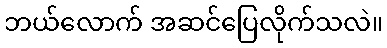
ဘယ်လောက် အဆင်ပြေလိုက်သလဲ။